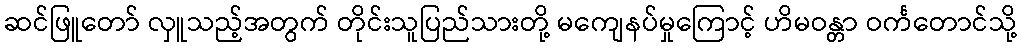
ဆင်ဖြူတော် လှူသည့်အတွက် တိုင်းသူပြည်သားတို့ မကျေနပ်မှုကြောင့် ဟိမဝန္တာ ဝင်္ကတောင်သို့